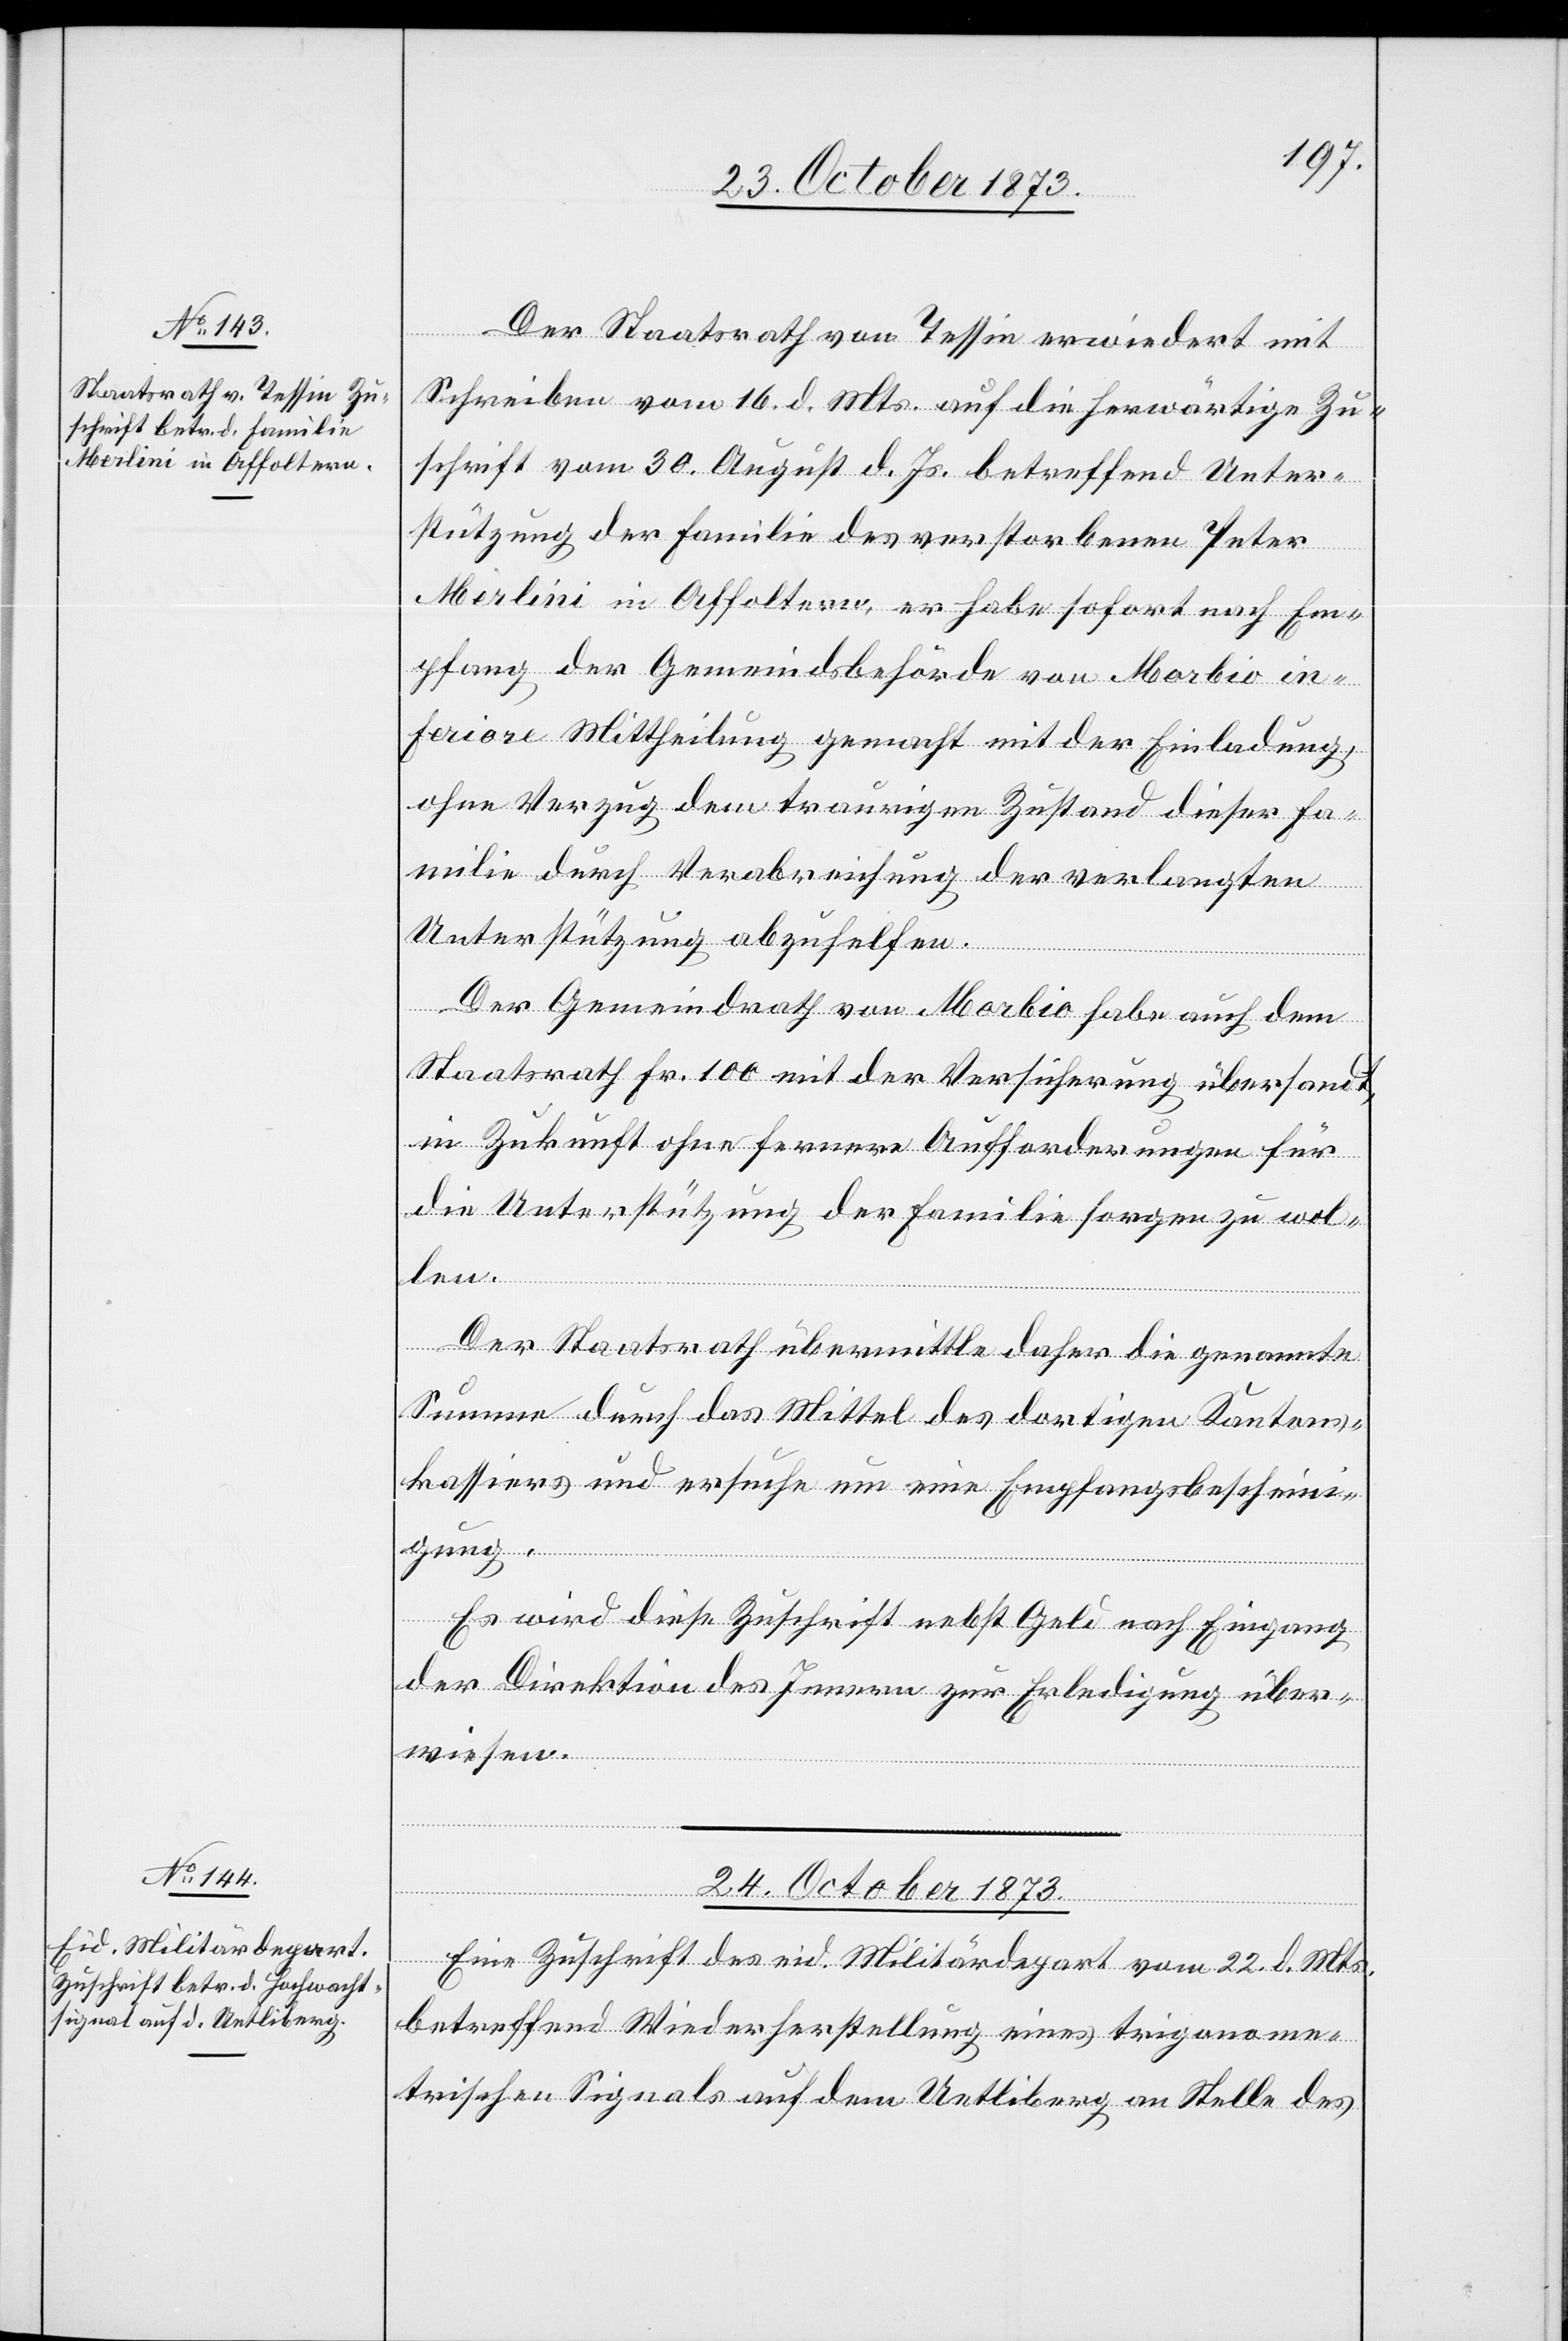
23. October 1873.]
Der Staatsrath von Tessin erwiedert mit
Schreiben vom 16. d. Mts. auf die herwärtige Zu¬
schrift vom 30. August d. Js. betreffend Unter¬
stützung der Familie des verstorbenen Peter
Merlini in Affoltern, er habe sofort nach Em¬
pfang der Gemeindsbehörde von Morbio in¬
feriore Mittheilung gemacht mit der Einladung,
ohne Verzug dem traurigen Zustand dieser Fa¬
milie durch Verabreichung der verlangten
Unterstützung abzuhelfen.
Der Gemeindrath von Morbio habe auch dem
Staatsrath Fr. 100 mit der Versicherung übersandt,
in Zukunft ohne fernere Aufforderungen für
die Unterstützung der Familie sorgen zu wol¬
len.
Der Staatsrath übermittle daher die genannte
Summe durch das Mittel des dortigen Kantons¬
kassiers und ersuche um eine Empfangsbeschein¬
igung.
Es wird diese Zuschrift nebst Geld nach Eingang
der Direktion des Innern zur Erledigung über¬
wiesen.
24. October 1873.
Eine Zuschrift des eid. Militärdepart. vom 22. d. Mts.
betreffend Wiederherstellung eines trigonome¬
trischen Signals auf dem Uetliberg an Stelle des